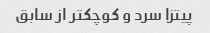
پیتزا سرد و کوچکتر از سابق